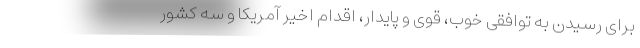
برای رسیدن به توافقی خوب، قوی و پایدار، اقدام اخیر آمریکا و سه کشور